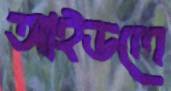
আইডলে